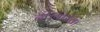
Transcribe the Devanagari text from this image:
दी।यहोवा